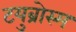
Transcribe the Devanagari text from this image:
टयुब्रोस्म